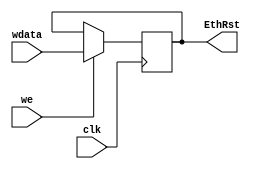
module EthernetReset(
	input clk,
	input [31:0]wdata,
	input we,
	output reg [31:0]EthRst = 32'b0
);
	always @(negedge clk) begin
		if(we) begin
			EthRst <= wdata;
		end else begin
			EthRst <= EthRst;
		end
	end
endmodule